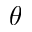
\theta